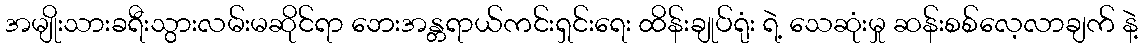
အမျိုးသားခရီးသွားလမ်းမဆိုင်ရာ ဘေးအန္တရာယ်ကင်းရှင်းရေး ထိန်းချုပ်ရုံး ရဲ့ သေဆုံးမှု ဆန်းစစ်လေ့လာချက် နဲ့